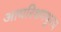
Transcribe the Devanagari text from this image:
आयरिशमधूनच